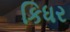
કિધર